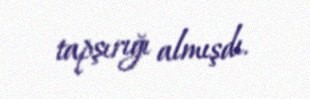
tapşırığı almışdı.